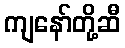
ကျနော်တို့ဆီ